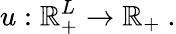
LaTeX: u:\mathbb{R}_{+}^{L}\rightarrow\mathbb{R}_{+}\ .